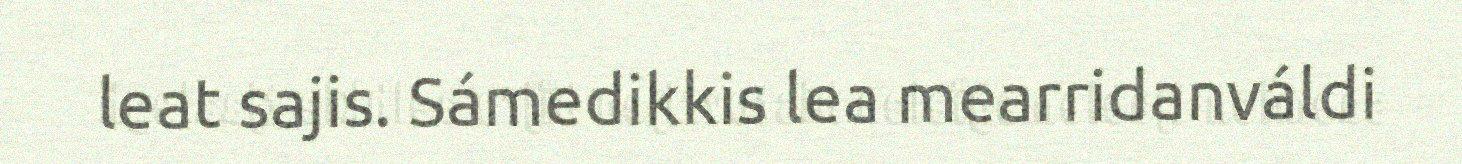
leat sajis. Sámedikkis lea mearridanváldi